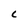
Character: C